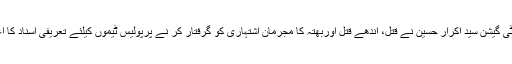
ایس پی انویسٹی گیشن سید اکرار حسین نے قتل، اندھے قتل اوربھتہ کا مجرمان اشتہاری کو گرفتار کر نے پرپولیس ٹیموں کیلئے تعریفی اسناد کا اعلان بھی کیا۔